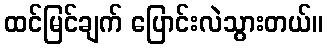
ထင်မြင်ချက် ပြောင်းလဲသွားတယ်။